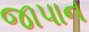
જાપાન